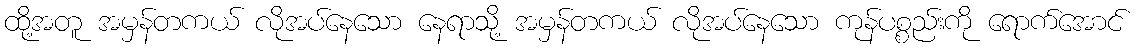
ထို့အတူ အမှန်တကယ် လိုအပ်နေသော နေရာသို့ အမှန်တကယ် လိုအပ်နေသော ကုန်ပစ္စည်းကို ရောက်အောင်